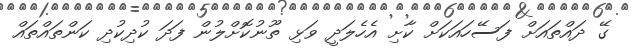
ގޭ ދައްތައަށް ފަސޭހައަކަށް ކާށި އެހެލަދީ ވަޅި ތޫނުކޮށްލުން ފަދަ ކުދިކުދި ކަންތައްތައް